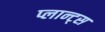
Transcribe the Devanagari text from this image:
प्लान्ट्स